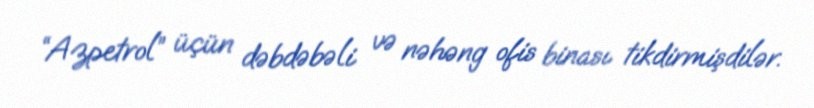
“Azpetrol” üçün dəbdəbəli və nəhəng ofis binası tikdirmişdilər.